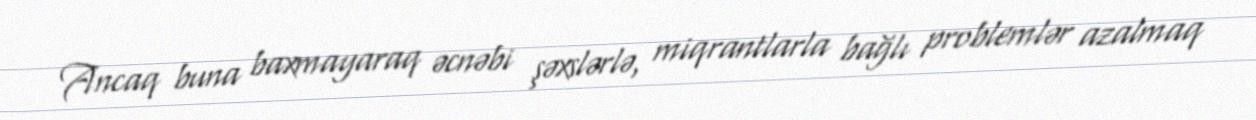
Ancaq buna baxmayaraq əcnəbi şəxslərlə, miqrantlarla bağlı problemlər azalmaq